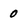
Character: 0